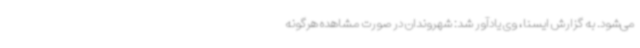
می‌شود. به گزارش ایسنا، وی یادآور شد: شهروندان در صورت مشاهده هرگونه